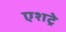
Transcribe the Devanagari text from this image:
एशट्रे